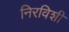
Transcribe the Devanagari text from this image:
निरविशी